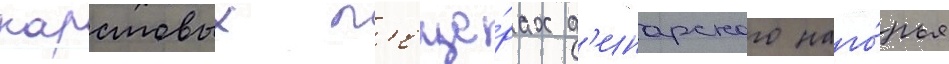
карстовых п'еще́рах д'инарского наго́рья